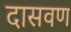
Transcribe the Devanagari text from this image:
दासवण